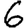
Digit: 6